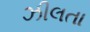
ઝીલતા